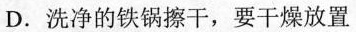
D.洗净的铁锅擦干，要干燥放置